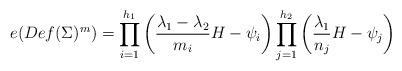
LaTeX: \begin{align*} e(Def(\Sigma)^m) =\prod_{i=1}^{h_1}\left({\lambda_1-\lambda_2\over m_i}H -\psi_i\right) \prod_{j=1}^{h_2}\left({\lambda_1\over n_j}H -\psi_j\right)\end{align*}